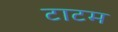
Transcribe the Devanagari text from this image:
टाटम